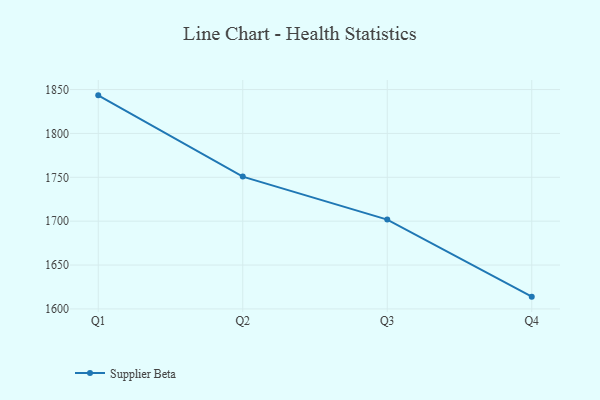
{"axis": {"x": "Quarter", "y": "Temperature (°C)"}, "legend": ["Supplier Beta"], "data": [{"x": "Q1", "y": 1843.4, "type": "Supplier Beta"}, {"x": "Q2", "y": 1750.8, "type": "Supplier Beta"}, {"x": "Q3", "y": 1701.8, "type": "Supplier Beta"}, {"x": "Q4", "y": 1614.0, "type": "Supplier Beta"}]}